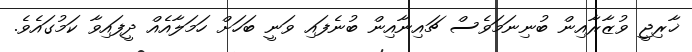
ޚާރިޖީ ވުޒާރާއިން ބުނިނަމަވެސް ޗައިނާއިން ބުނެފައި ވަނީ ބަހަށް ހަމަލާއެއް ދީފައިވާ ކަމުގައެވެ.